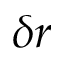
\delta r